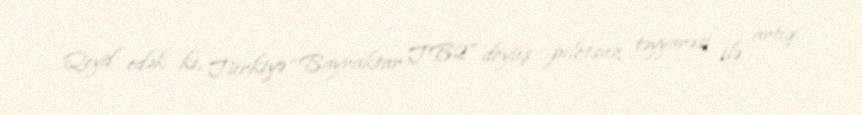
Qeyd edək ki, Türkiyə “Bayraktar TB2” döyüş pilotsuz təyyarəsi ilə artıq